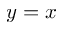
y = x